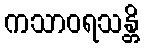
ကသာဝရသန္တိ